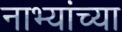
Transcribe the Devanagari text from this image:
नाभ्यांच्या